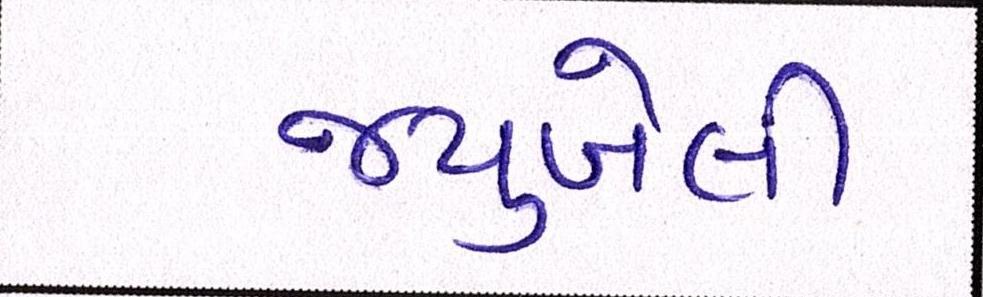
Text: જ્યુબેલી